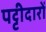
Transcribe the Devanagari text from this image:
पट्टीदारों